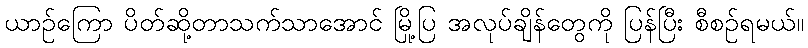
ယာဉ်ကြော ပိတ်ဆို့တာသက်သာအောင် မြို့ပြ အလုပ်ချိန်တွေကို ပြန်ပြီး စီစဉ်ရမယ်။